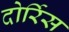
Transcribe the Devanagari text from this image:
दोर्रिस